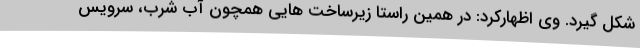
شکل گیرد. وی اظهارکرد: در همین راستا زیرساخت هایی همچون آب شرب، سرویس